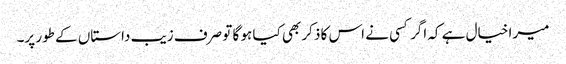
میرا خیال ہے کہ اگر کسی نے اس کا ذکر بھی کیا ہو گا تو صرف زیب داستاں کے طور پر۔